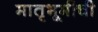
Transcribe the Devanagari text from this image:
मातृभूमीची